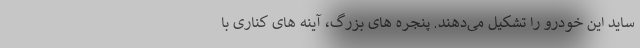
ساید این خودرو را تشکیل می‌دهند. پنجره های بزرگ، آینه های کناری با